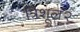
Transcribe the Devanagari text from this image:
त्रिशूल२